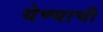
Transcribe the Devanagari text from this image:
येण्‍याची